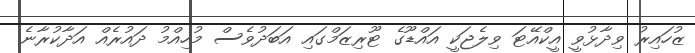
ޒުހައިރު ވިދާޅުވީ އީކްއޭޓަ ވިލެޖަކީ އައްޑޫގެ ޓޫރިޒަމްގައި އަބަދުވެސް މުހިއްމު ދައުރެއް އަދާކުރާނެ